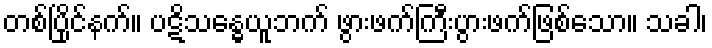
တစ်ပြိုင်နက်။ ပဋိသန္ဓေယူဘက် ဖွားဖက်ကြီးပွားဖက်ဖြစ်သော။ သခါ၊